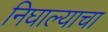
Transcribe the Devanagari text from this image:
निघाल्याचा